Vaccine operations Central Provinces & Berar 1912-1920 - 1912-1920
Year: 1912
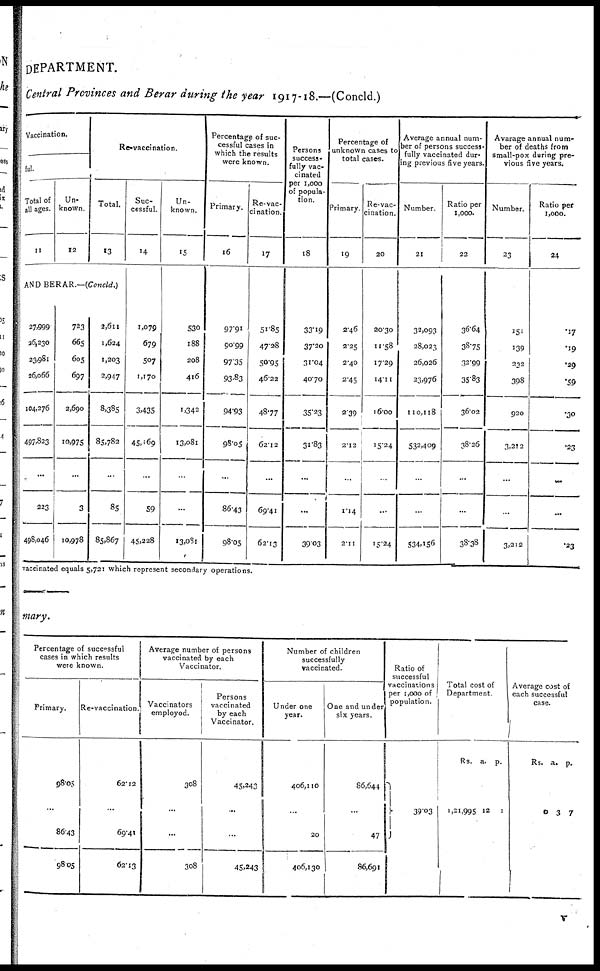
DEPARTMENT.
Central Provinces and Berar during the year 1917-18.—(Concld.)
Vaccination.
ful.
Total of
all ages.
11
Un-
known.
12
Re-vaccination.
Total.
13
AND BERAR.—(Concld.)
27,999
26,230
23,981
26,066
104,276
497,823
...
223
498,046
723
665
605
697
2,690
10,975
...
3
10,978
2,611
1,624
1,203
2,947
8,385
85,782
...
85
85,867
Suc-
cessful.
14
1,079
679
507
1,170
3,435
45,169
...
59
45,228
Un-
known.
15
530
188
208
416
1,342
13,081
...
...
13,081
Percentage of suc-
cessful cases in
which the results
were known.
Primary.
16
97.91
90.99
97.35
93.83
94.93
98.05
...
86.43
98.05
Re-vac-
cination.
17
51.85
47.28
50.95
46.22
48.77
62.12
...
69.41
62.13
Persons
success¬
fully vac-
cinated
per 1,000
of popula-
tion.
18
33.19
39.20
31.04
40.70
35.23
31.83
...
...
39.03
Percentage of
unknown cases to
total cases.
Primary
19
2.46
2.25
2.40
2.45
2.39
2.12
...
1.14
211
Re-vac-
cination.
20
20.30
11.58
17.29
14.11
16.00
15.24
...
...
15.24
Average annual num-
ber of persons success-
fully vaccinated dur-
ing previous five years.
Number.
21
32,093
28,023
26,026
23,976
110,118
532,409
...
...
534,156
Ratio per
1,000.
22
36.64
38.75
32.99
35.83
36.02
38.26
...
...
33.38
Avarage annual num-
ber of deaths from
small-pox during pre-
vious five years.
Number.
23
151
139
232
398
920
3,212
...
...
3,212
Ratio per
1,000.
24
.17
.19
.29
.59
.30
.23
...
...
.23
vaccinated equals 5,721 which represent secondary operations.
mary.
Percentage of successful
cases in which results
were known.
Primary.
98.05
...
86.43
98.05
Re-vaccination.
62.12
...
69.41
62.13
Average number of persons
vaccinated by each
Vaccinator.
Vaccinators
employed.
308
...
...
308
Persons
vaccinated
by each
Vaccinator.
45,243
...
...
45,243
Number of children
successfully
vaccinated.
Under one
year.
406,110
...
20
406,130
One and under
six years.
86,644
...
47
86,691
Ratio of
successful
vaccinations
per 1,000 of
population.
39.03
Total cost of
Department
Rs.
1,21,995
a.
12
p.
1
Average cost of
each successful
case.
Rs.
0
a.
3
p.
7
v